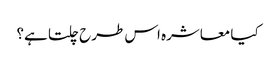
کیا معاشرہ اس طرح چلتا ہے؟